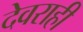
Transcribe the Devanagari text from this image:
देवराही